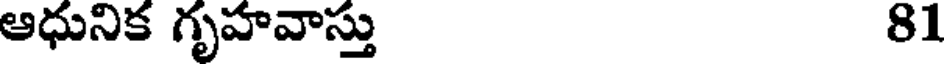
ఆధునిక గృహవాస్తు 81